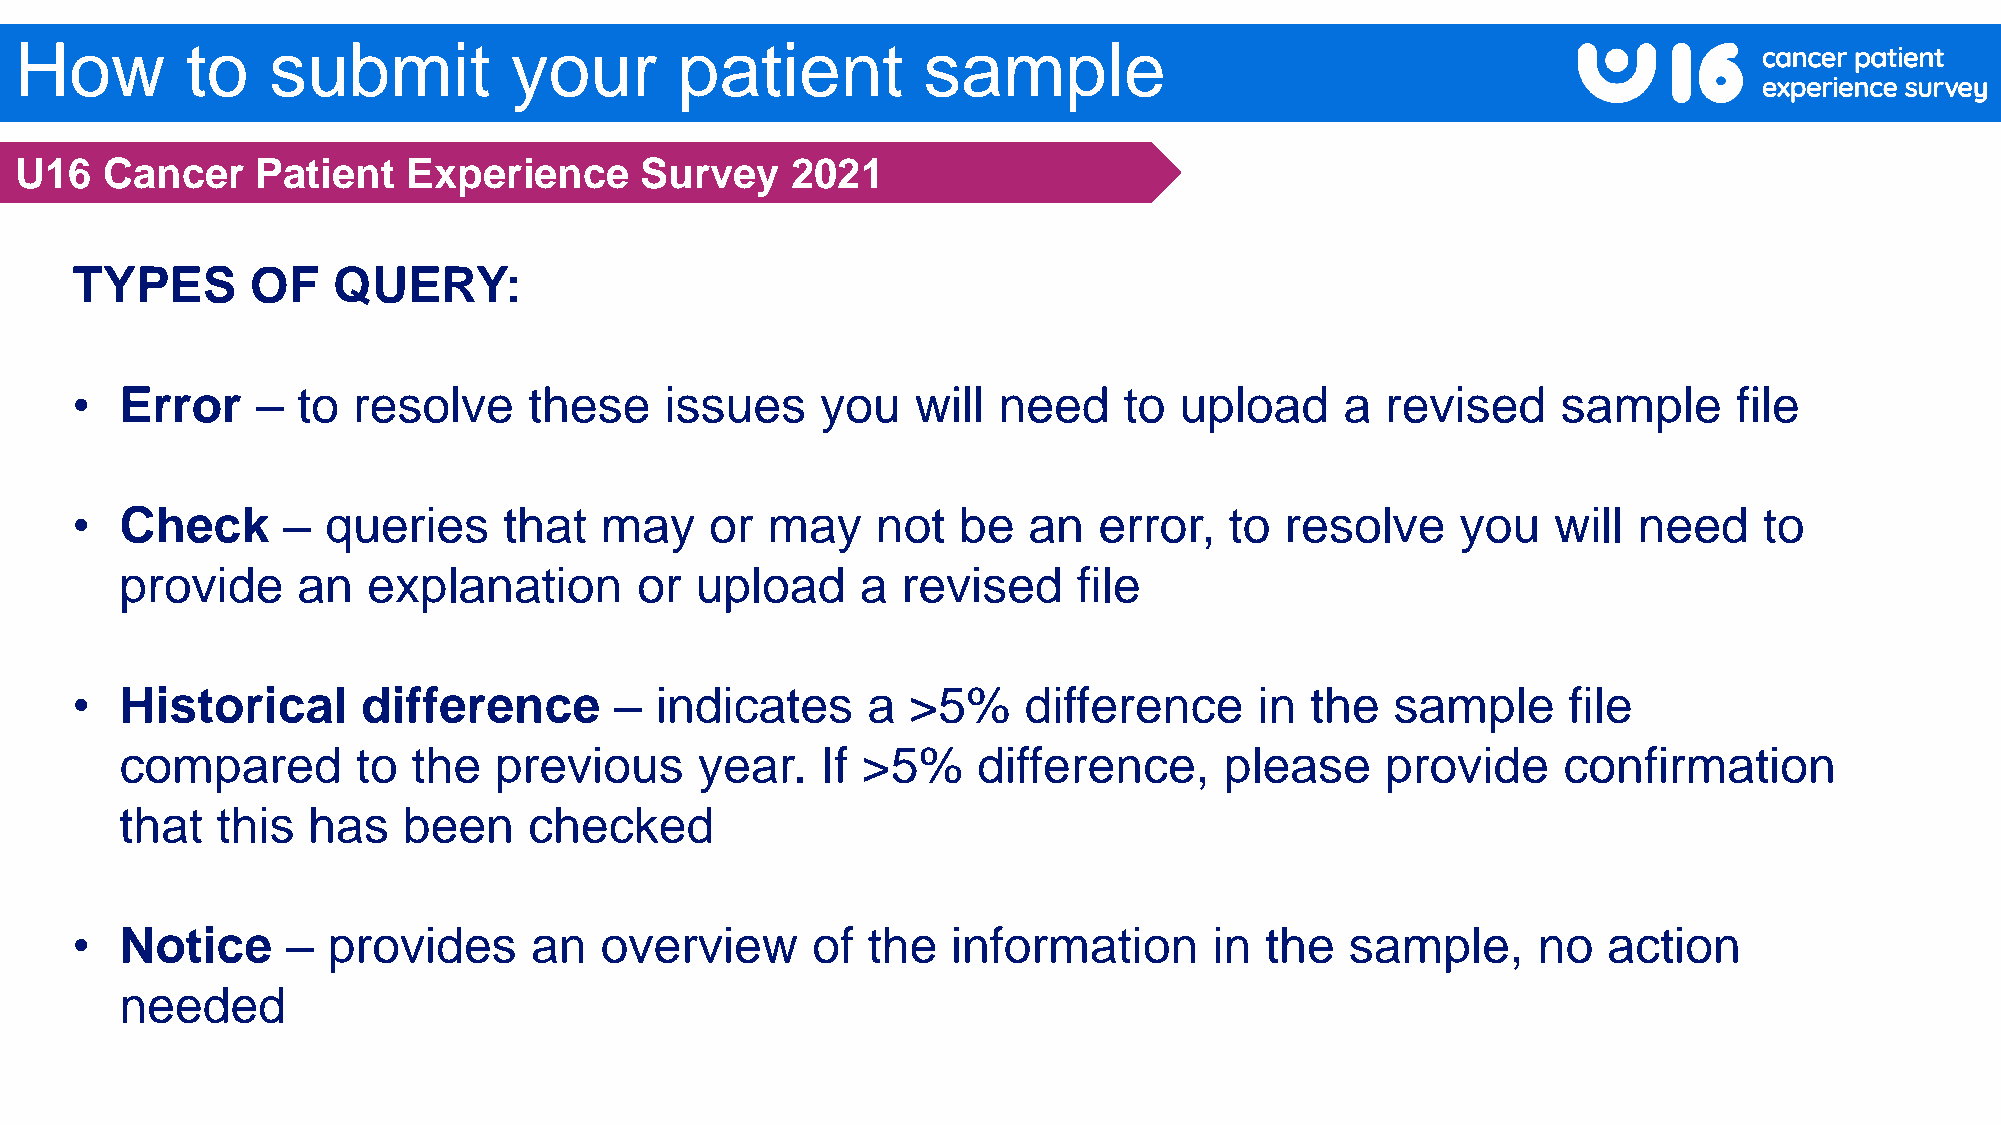
How        to    submit          your       patient         sample
 U16   Cancer    Patient   Experience     Survey    2021
 TYPES       OF   QUERY:
 •  Error    –  to resolve     these    issues    you    will need    to  upload     a  revised    sample      file
 •  Check      –  queries    that   may    or  may    not  be   an   error,  to  resolve     you   will need     to
 provide     an  explanation       or  upload     a  revised    file
 •  Historical      difference       – indicates     a  >5%     difference     in  the  sample      file
 compared        to the   previous     year.   If >5%     difference,     please     provide    confirmation
 that  this  has    been    checked
 •  Notice     –  provides     an   overview      of the   information      in  the  sample,      no  action
 needed